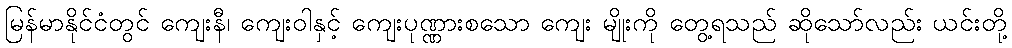
မြန်မာနိုင်ငံတွင် ကျေးနီ၊ ကျေးဝါနှင့် ကျေးပုဏ္ဏားစသော ကျေး မျိုးကို တွေ့ရသည် ဆိုသော်လည်း ယင်းတို့